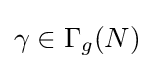
\gamma \in \Gamma _{g}(N)